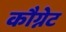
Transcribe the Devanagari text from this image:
कौग्नेट